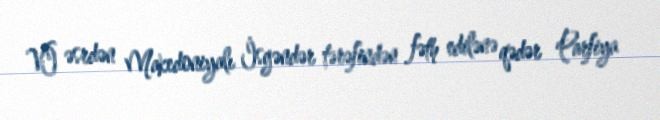
VI əsrdən Makedoniyalı İsgəndər tərəfindən fəth edilənə qədər Parfiya